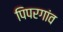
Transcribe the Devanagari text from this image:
पिपरगांव